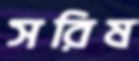
সরিষ